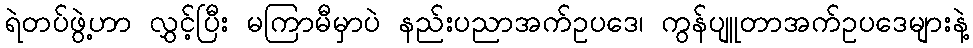
ရဲတပ်ဖွဲ့ဟာ လွှင့်ပြီး မကြာမီမှာပဲ နည်းပညာအက်ဥပဒေ၊ ကွန်ပျူတာအက်ဥပဒေများနဲ့